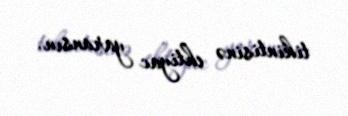
tikintisinə ehtiyac yaransın.